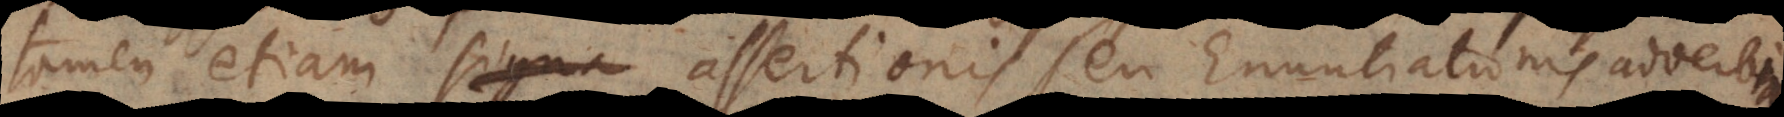
tamen etiam signa assertionis seu Enuntiationis assertio